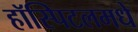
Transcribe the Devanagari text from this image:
हॉस्पिटलमधे